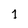
Character: 7